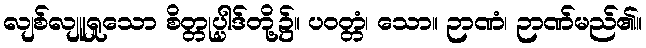
လျစ်လျူရှုသော စိတ္တုပ္ပါဒ်တို့၌။ ပဝတ္တံ၊ သော။ ဉာဏံ၊ ဉာဏ်မည်၏။